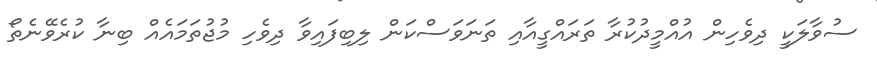
ސުވާލަކީ ދިވެހިން އުއްމީދުކުރާ ތަރައްގީއާއި ތަނަވަސްކަން ލިބިފައިވާ ދިވެހި މުޖުތަމައެއް ބިނާ ކުރެވޭނެތޯ